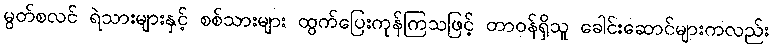
မွတ်စလင် ရဲသားများနှင့် စစ်သားများ ထွက်ပြေးကုန်ကြသဖြင့် တာဝန်ရှိသူ ခေါင်းဆောင်များကလည်း